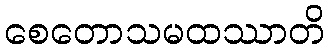
စေတောသမထဿာတိ